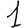
Digit: 1